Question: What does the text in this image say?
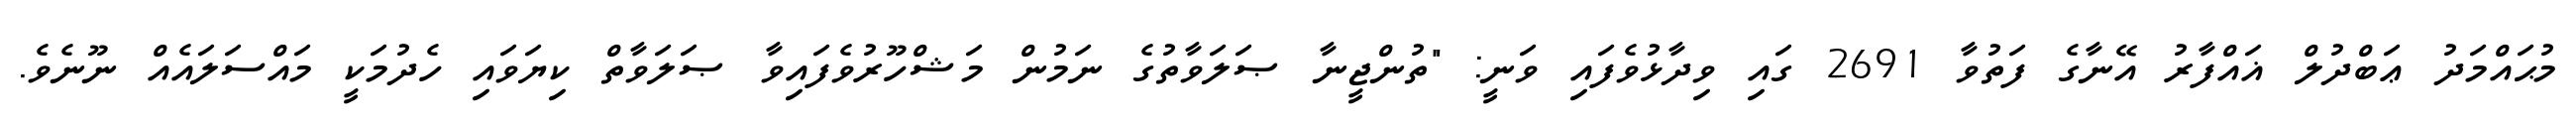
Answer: މުޙައްމަދު ޢަބްދުލް ޣައްފާރު އޭނާގެ ފަތުވާ 2691 ގައި ވިދާޅުވެފައި ވަނީ: "ތުންޖީނާ ޞަލަވާތުގެ ނަމުން މަޝްހޫރުވެފައިވާ ޞަލަވާތް ކިޔަވައި ހެދުމަކީ މައްސަލައެއް ނޫނެވެ.